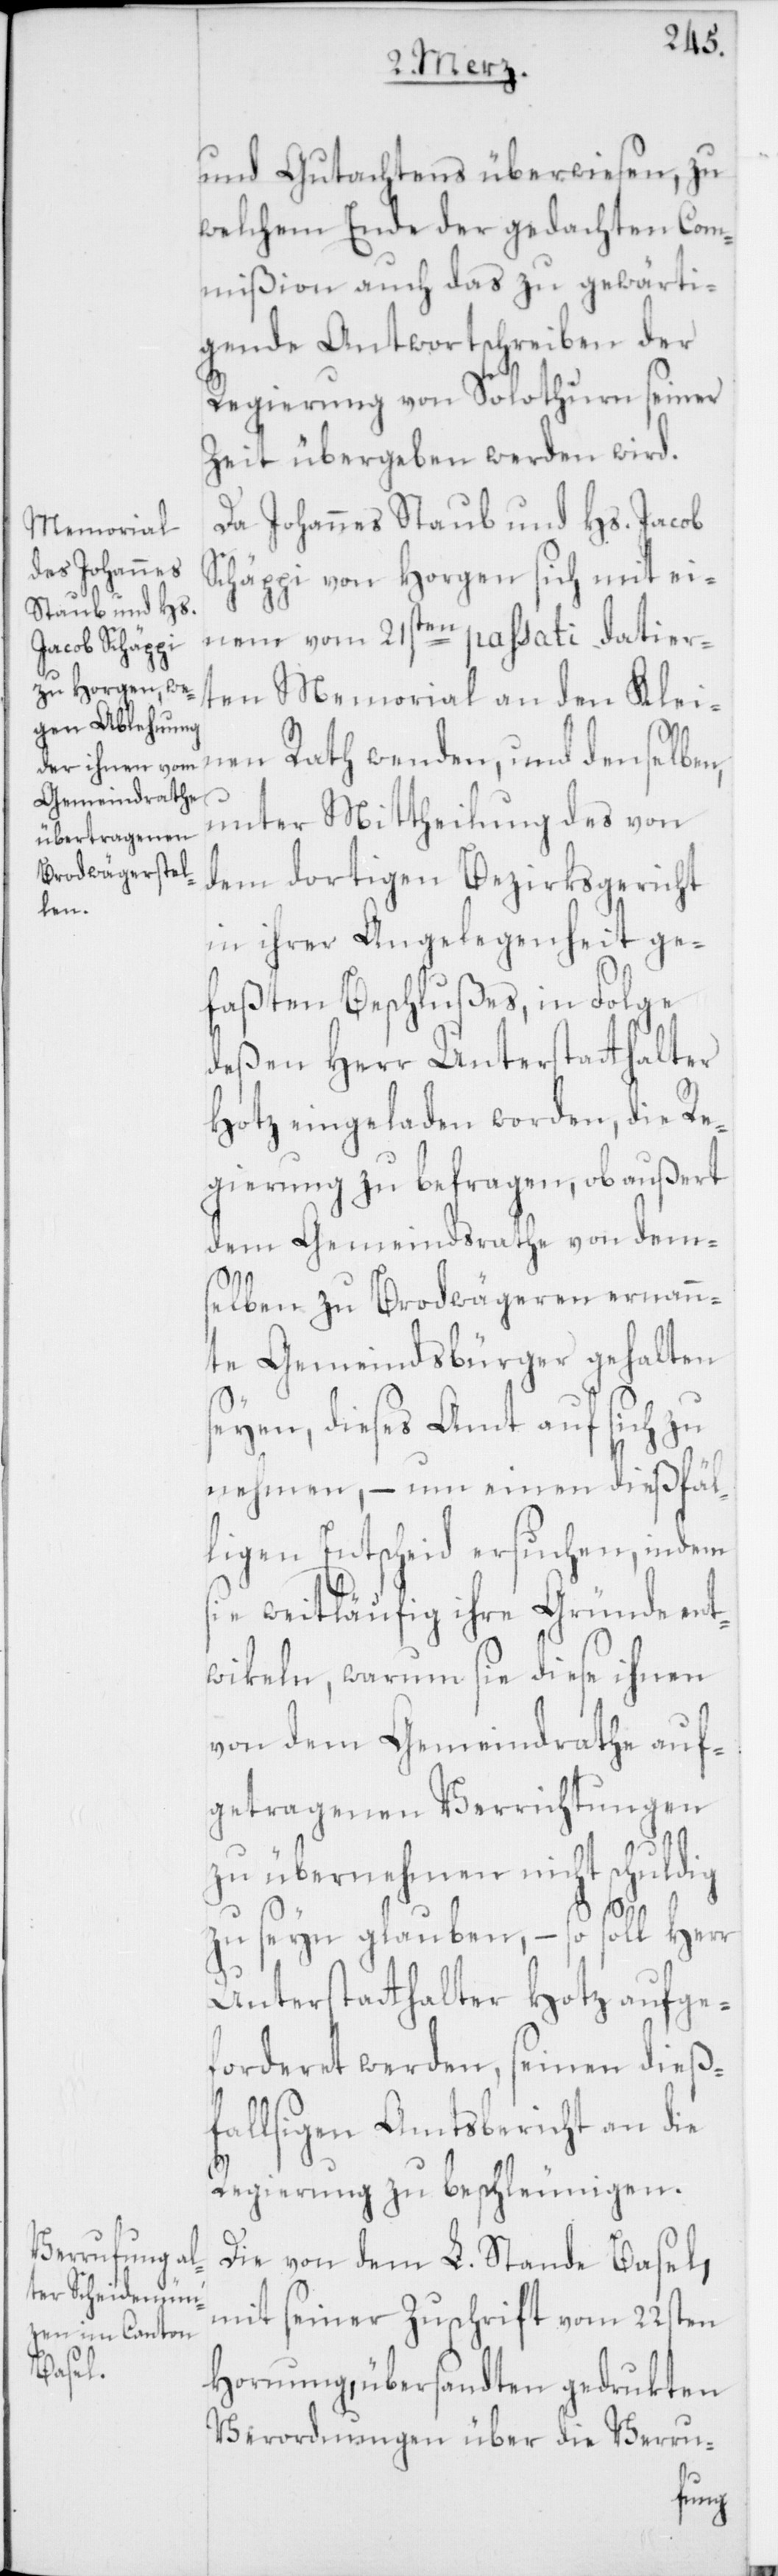
und Gutachtens überwiesen, zu
welchem Ende der gedachten Com¬
mißion auch das zu gewärti¬
gende Antwortschreiben der
Regierung von Solothurn seiner
Zeit übergeben werden wird.
Da Johannes Staub und Hs. Jacob
Schäppi von Horgen sich mit ei¬
nem vom 21sten passati datier¬
ten Memorial an den Klei¬
nen Rath wenden, und denselben,
unter Mittheilung des von
dem dortigen Bezirksgericht
in ihrer Angelegenheit ge¬
faßten Beschlußes, in Folge
deßen Herr Unterstatthalter
Hotz eingeladen worden, die Re¬
gierung zu befragen, ob außert
dem Gemeindrathe von dem¬
selben zu Brodwägeren ernann¬
te Gemeindsbürger gehalten
seyen, dieses Amt auf sich zu
nehmen, – um einen dießfäl¬
ligen Entscheid ersuchen, indem
sie weitläufig ihre Gründe ent¬
wikeln, warum sie diese ihnen
von dem Gemeindrathe auf¬
getragenen Verrichtungen
zu übernehmen nicht schuldig
zu seyn glauben, – so soll Herr
Unterstatthalter Hotz aufge¬
forderet werden, seinen dieß¬
fälligen Amtsbericht an die
Regierung zu beschleunigen.
Die von dem L. Stande Basel,
mit seine Zuschrift vom 22sten
Hornung, übersandten gedrukten
Verordnungen über die Verru-